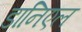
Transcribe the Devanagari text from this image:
डानिएल